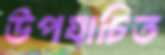
উপযাচিত